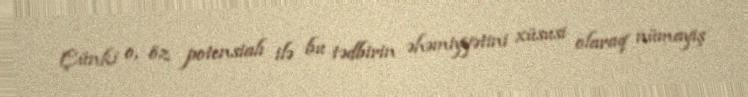
Çünki o, öz potensialı ilə bu tədbirin əhəmiyyətini xüsusi olaraq nümayiş